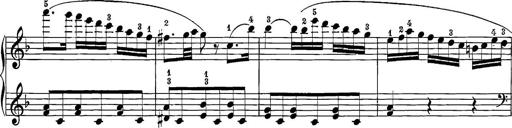
Title: 12 Sonatine per Pianoforte
Composer: Friedrich Kuhlau